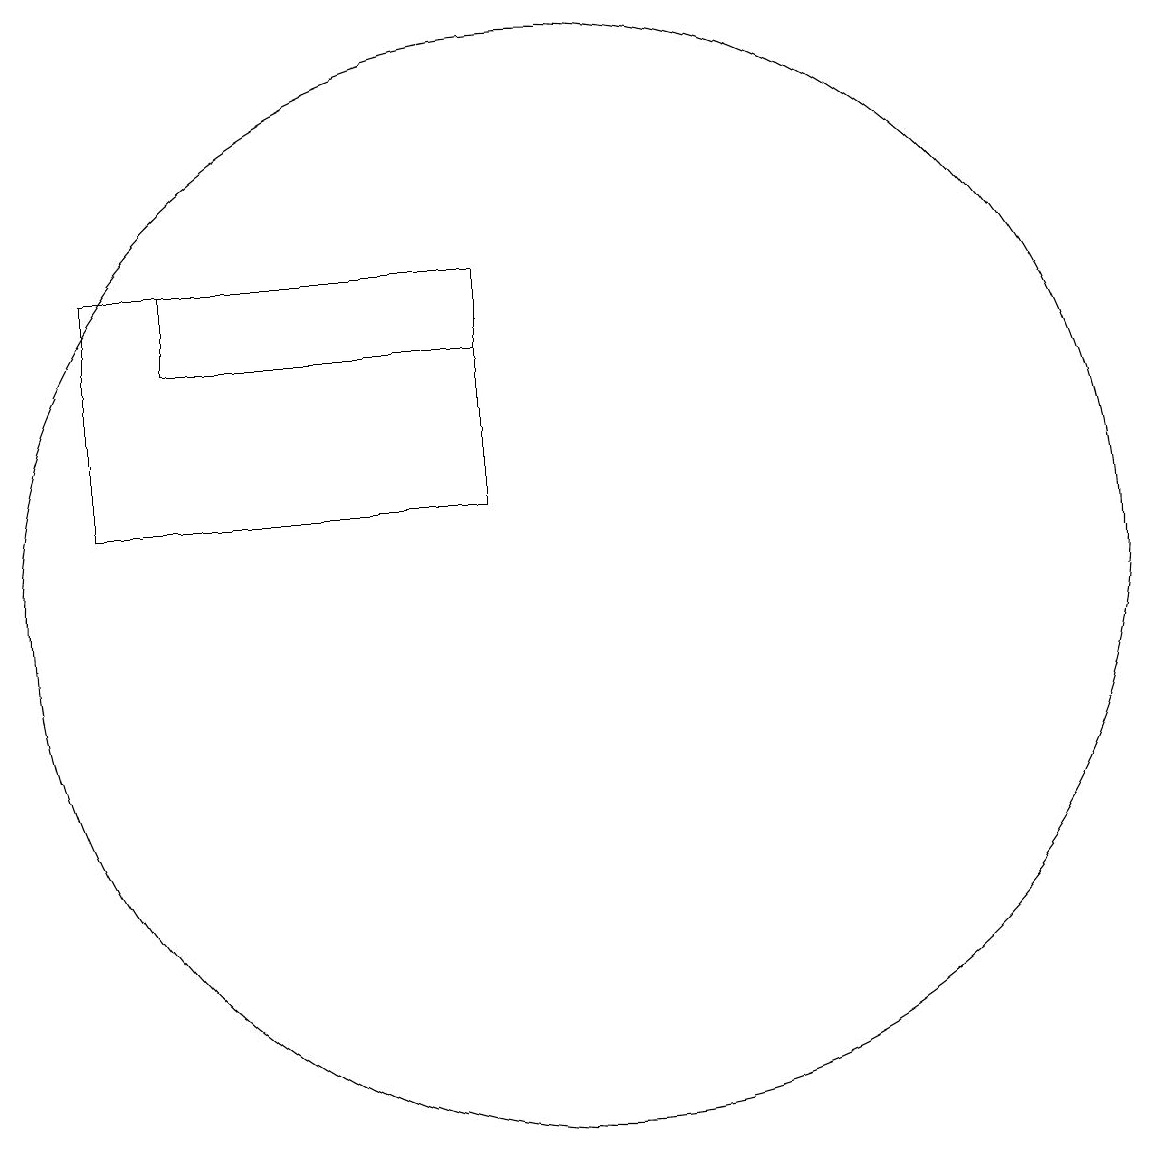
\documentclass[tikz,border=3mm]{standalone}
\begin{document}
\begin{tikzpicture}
\draw (5,13) rectangle (9,14);
\draw (10,10) circle (7);
\draw (9,14) rectangle (4,11);
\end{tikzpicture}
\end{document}